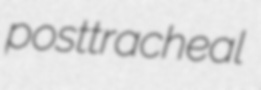
posttracheal